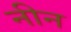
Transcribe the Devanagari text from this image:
नीन